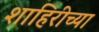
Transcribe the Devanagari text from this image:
शाहिरीच्या